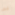
به